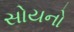
સોયનો